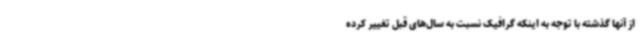
از آنها گذشته با توجه به اینکه گرافیک نسبت به سال‌های قبل تغییر کرده